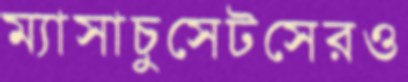
ম্যাসাচুসেটসেরও